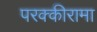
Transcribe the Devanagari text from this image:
परक्कीरामा